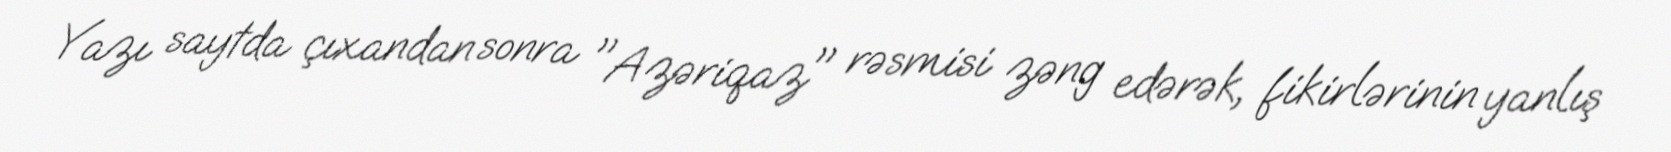
Yazı saytda çıxandan sonra "Azəriqaz" rəsmisi zəng edərək, fikirlərinin yanlış